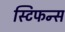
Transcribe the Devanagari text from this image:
स्टिफन्स